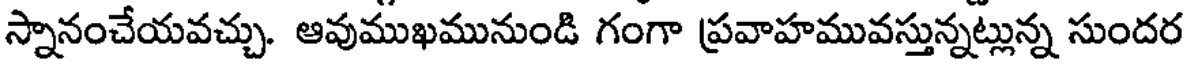
స్నానంచేయవచ్చు. ఆవుముఖమునుండి గంగా ప్రవాహమువస్తున్నట్లున్న సుందర